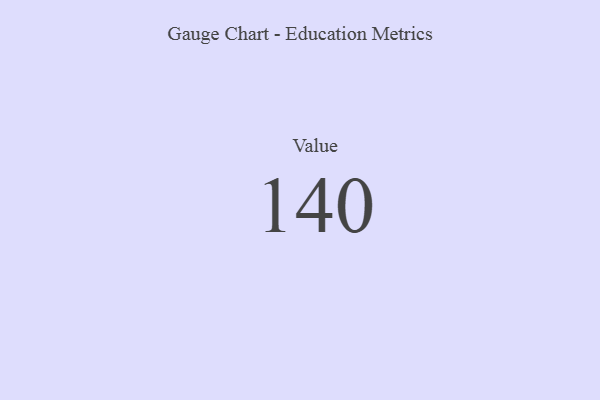
{"axis": {"x": "Metric", "y": "Value"}, "legend": [""], "data": [{"x": "Value", "y": 140, "type": ""}]}